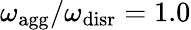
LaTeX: {\omega_{\mathrm{agg}}/\omega_{\mathrm{disr}}=1.0}